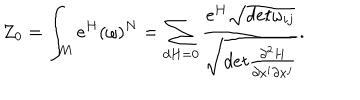
LaTeX: Z _ { 0 } = \int _ { M } \mathrm { e } ^ { H } ( \omega ) ^ { N } = \sum _ { d H = 0 } \frac { \mathrm { e } ^ { H } \sqrt { d e t \omega _ { i j } } } { \sqrt { d e t \frac { \partial ^ { 2 } H } { \partial x ^ { i } \partial x ^ { j } } } } .